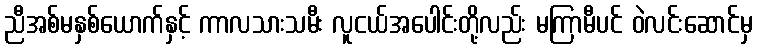
ညီအစ်မနှစ်ယောက်နှင့် ကာလသားသမီး လူငယ်အပေါင်းတို့လည်း မကြာမီပင် ဝဲလင်းဆောင်မှ